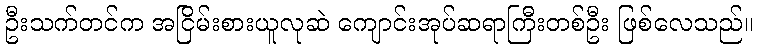
ဦးသက်တင်က အငြိမ်းစားယူလုဆဲ ကျောင်းအုပ်ဆရာကြီးတစ်ဦး ဖြစ်လေသည်။